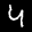
Label: 4